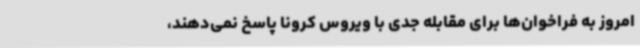
امروز به فراخوان‌ها برای مقابله جدی با ویروس کرونا پاسخ نمی‌دهند،